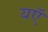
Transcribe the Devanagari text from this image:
यऍ